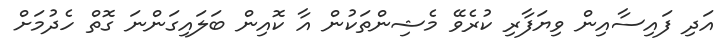
އަދި ފައިސާއިން ވިޔަފާރި ކުރެވޭ މެޝިންތަކުން އާ ކޮއިން ބަލައިގަންނަ ގޮތް ހެދުމަށް